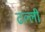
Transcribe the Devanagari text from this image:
ढल्ली